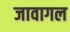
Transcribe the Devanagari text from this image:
जावागल